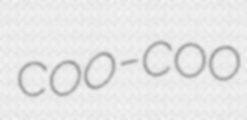
coo-coo